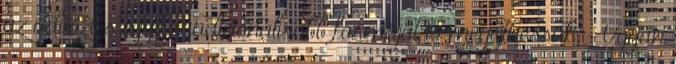
az üdvözlés egyik tradicionálisabb formáját is megejthessük. - Ugyan